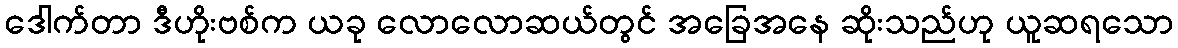
ဒေါက်တာ ဒီဟိုးဗစ်က ယခု လောလောဆယ်တွင် အခြေအနေ ဆိုးသည်ဟု ယူဆရသော